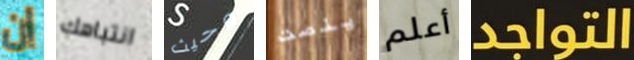
ان انتباهك وحيث ينصت أعلم التواجد